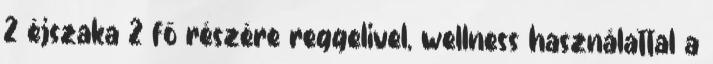
2 éjszaka 2 fő részére reggelivel, wellness használattal a